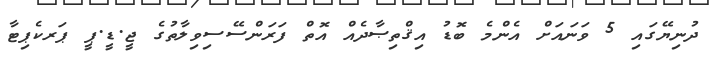
ދުނިޔޭގައި 5 ވަނައަށް އެންމެ ބޮޑު އިޤްތިޞާދެއް އޮތް ފަރަންސޭސިވިލާތުގެ ޖީ.ޑީ.ޕީ ޕަރކެޕިޓާ